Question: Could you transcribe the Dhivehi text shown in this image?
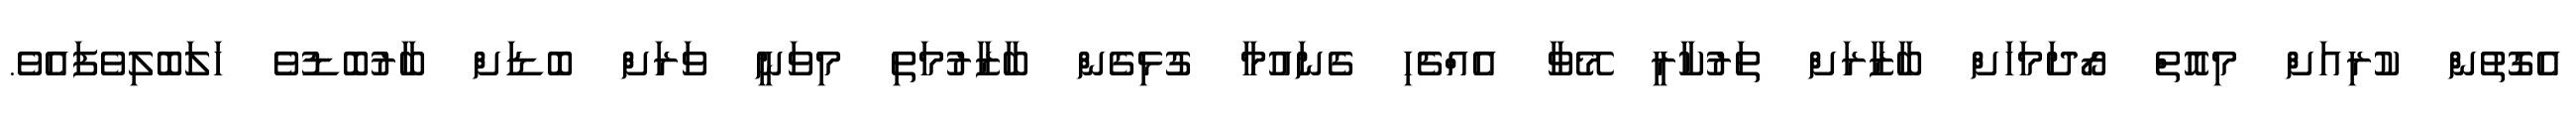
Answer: އެގޮތުން ކުރިއަށް މިއޮތް ރޯދަމަހަށް ބާޒާރަށް ތަރުކާރީ މޭވާ އެއްޗެހި ގެނައުމާ ގުޅިގެން ބާޒާރުމަތި މިވަނީ ވަރަށް ބޮޑަށް ބާރުބޮޑުވެ ހަލަބޮލިވެފައެވެ.